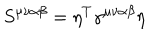
S ^ { \mu \nu \alpha \beta } = \eta ^ { T } \gamma ^ { \mu \nu \alpha \beta } \eta